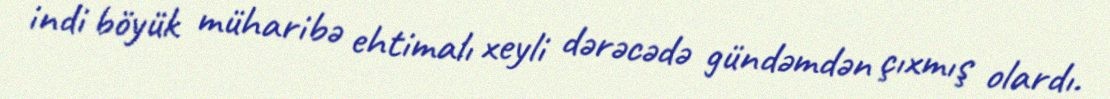
indi böyük müharibə ehtimalı xeyli dərəcədə gündəmdən çıxmış olardı.